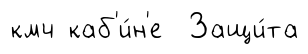
кмч каб'и́н'е Защи́та